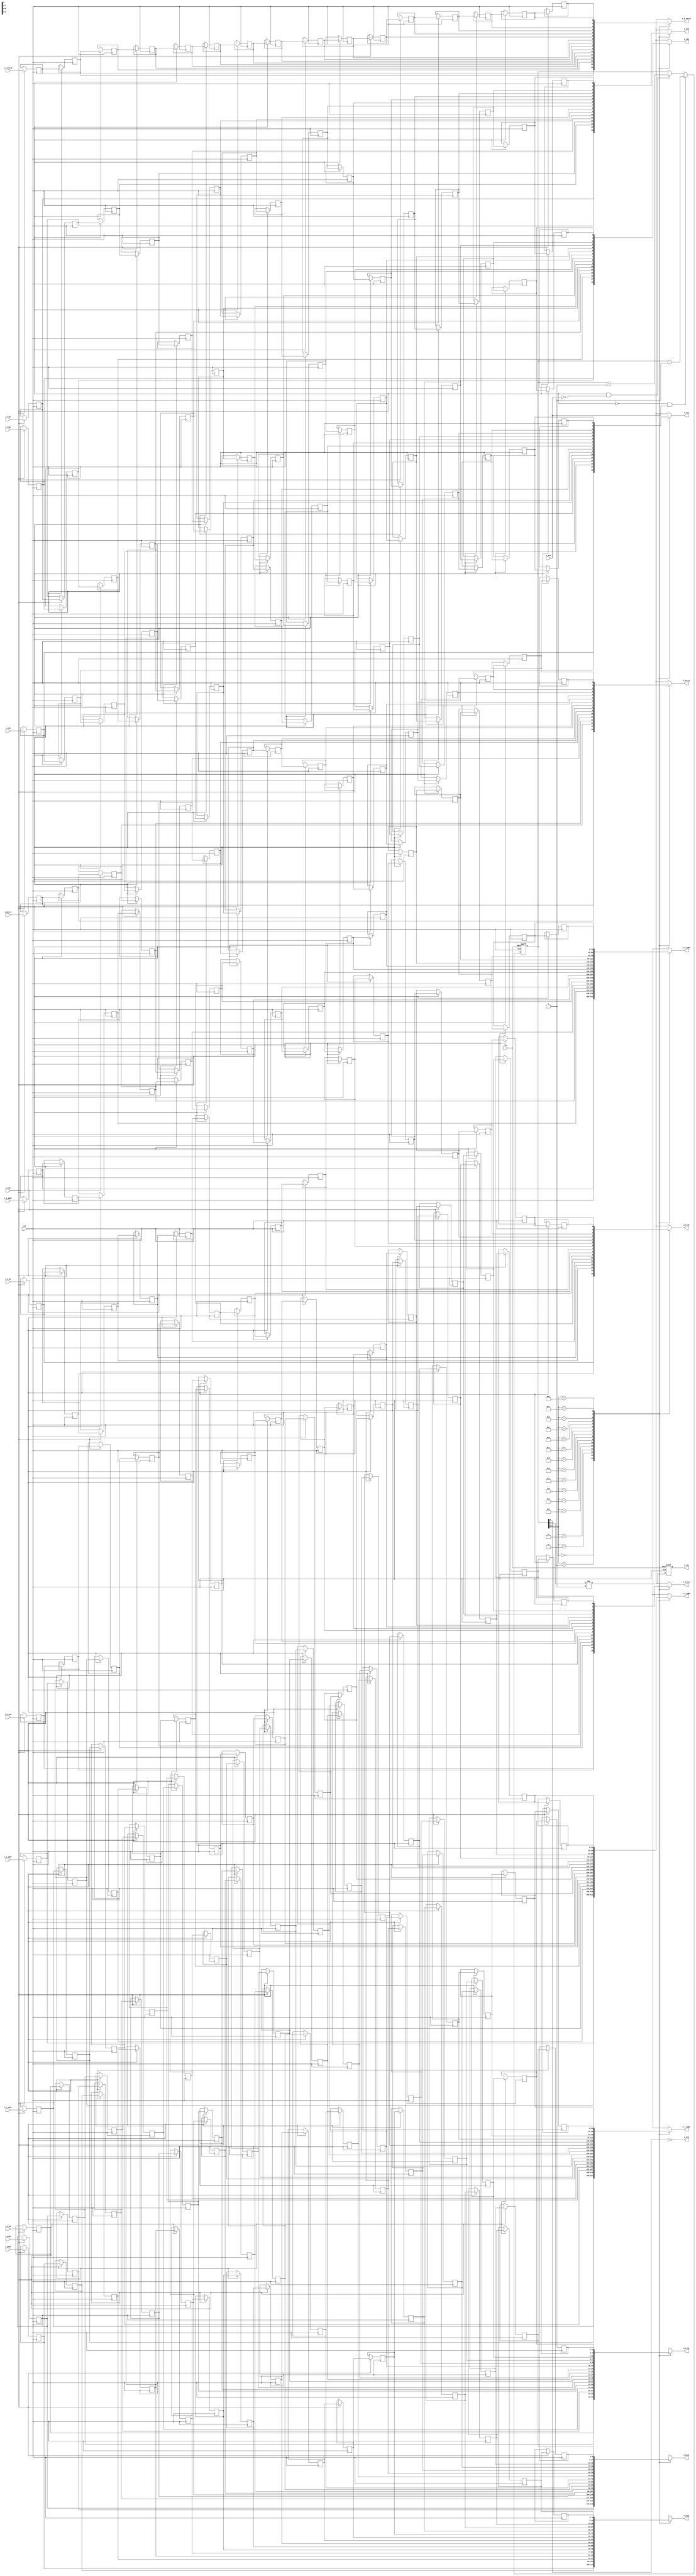
//=============================================================================================
//    Main contributors
//      - Adam Luczak         <mailto:adam.luczak@outlook.com>
//=============================================================================================
`default_nettype none
//---------------------------------------------------------------------------------------------
`timescale 1ns / 1ns      
//=============================================================================================
module eco32_core_lsu_dcm_iff
(
input  wire             clk,
input  wire             rst,   

input  wire             i_stb,
input  wire             i_tid,       
input  wire             i_wid,     
input  wire             i_tag,     
input  wire             i_dirty,
input  wire     [6:0]   i_page,
input  wire     [8:0]   i_mode,
input  wire             i_k_ena,
input  wire             i_k_force,
input  wire     [1:0]   i_k_op,
input  wire             i_k_sh,
input  wire    [31:0]   i_r_addr,    
input  wire    [31:0]   i_p_addr,    
input  wire    [31:0]   i_k_addr,    
output wire             i_rdy,
                                                                          
output wire             o_stb,
output wire             o_tid,       
output wire             o_wid,     
output wire             o_tag,
output wire             o_dirty,
output wire     [6:0]   o_page,
output wire     [8:0]   o_mode,
output wire             o_k_ena,
output wire             o_k_force,
output wire     [1:0]   o_k_op,       
output wire             o_k_sh,
output wire    [31:0]   o_r_addr,    
output wire    [31:0]   o_p_addr,    
output wire    [31:0]   o_k_addr,    
input  wire             o_ack
);      
//=============================================================================================
// parameters
//=============================================================================================
//=============================================================================================
// variables
//=============================================================================================
reg             ff_tid      [0:15];
reg             ff_wid      [0:15];
reg             ff_tag      [0:15];
reg             ff_dirty    [0:15];
reg      [6:0]  ff_page     [0:15];
reg      [8:0]  ff_mode     [0:15];
reg             ff_k_ena    [0:15];
reg             ff_k_force  [0:15];
reg      [1:0]  ff_k_op     [0:15];
reg             ff_k_sh     [0:15];
reg     [31:0]  ff_r_addr   [0:15];
reg     [31:0]  ff_p_addr   [0:15];
reg     [31:0]  ff_k_addr   [0:15];
reg      [4:0]  ff_sel;
reg             ff_rdy;
//=============================================================================================
// fifo
//=============================================================================================
generate
genvar i;
    for(i=0;i<16;i=i+1) 
     begin : shift_register
        if(i==0)
            begin : stage0
                always@(posedge clk) if(i_stb) ff_tid   [i]     <=        i_tid;
                always@(posedge clk) if(i_stb) ff_wid   [i]     <=        i_wid;
                always@(posedge clk) if(i_stb) ff_tag   [i]     <=        i_tag;
                always@(posedge clk) if(i_stb) ff_dirty [i]     <=        i_dirty;
                always@(posedge clk) if(i_stb) ff_page  [i]     <=        i_page;
                always@(posedge clk) if(i_stb) ff_mode  [i]     <=        i_mode;
                always@(posedge clk) if(i_stb) ff_k_ena [i]     <=        i_k_ena;
                always@(posedge clk) if(i_stb) ff_k_force[i]    <=        i_k_force;
                always@(posedge clk) if(i_stb) ff_k_op  [i]     <=        i_k_op;
                always@(posedge clk) if(i_stb) ff_k_sh  [i]     <=        i_k_sh;
                always@(posedge clk) if(i_stb) ff_r_addr[i]     <=        i_r_addr;
                always@(posedge clk) if(i_stb) ff_p_addr[i]     <=        i_p_addr;
                always@(posedge clk) if(i_stb) ff_k_addr[i]     <=        i_k_addr;
            end     
        else    
            begin : stageN
                always@(posedge clk) if(i_stb) ff_tid   [i]     <=        ff_tid [i-1];
                always@(posedge clk) if(i_stb) ff_wid   [i]     <=        ff_wid [i-1];
                always@(posedge clk) if(i_stb) ff_tag   [i]     <=        ff_tag [i-1];
                always@(posedge clk) if(i_stb) ff_dirty [i]     <=        ff_dirty [i-1];
                always@(posedge clk) if(i_stb) ff_page  [i]     <=        ff_page[i-1];
                always@(posedge clk) if(i_stb) ff_mode  [i]     <=        ff_mode[i-1];
                always@(posedge clk) if(i_stb) ff_k_ena [i]     <=        ff_k_ena [i-1];
                always@(posedge clk) if(i_stb) ff_k_force[i]    <=        ff_k_force [i-1];
                always@(posedge clk) if(i_stb) ff_k_op  [i]     <=        ff_k_op [i-1];
                always@(posedge clk) if(i_stb) ff_k_sh  [i]     <=        ff_k_sh [i-1];
                always@(posedge clk) if(i_stb) ff_r_addr[i]     <=        ff_r_addr[i-1];
                always@(posedge clk) if(i_stb) ff_p_addr[i]     <=        ff_p_addr[i-1];
                always@(posedge clk) if(i_stb) ff_k_addr[i]     <=        ff_k_addr[i-1];
            end     
     end
endgenerate
//---------------------------------------------------------------------------------------------
always@(posedge clk or posedge rst) 
 if(rst)                            ff_sel     <=                                          - 1;
 else if(~i_stb &&  o_ack)          ff_sel     <=                                   ff_sel - 1;
 else if( i_stb && ~o_ack)          ff_sel     <=                                   ff_sel + 1;
//---------------------------------------------------------------------------------------------
always@(posedge clk or posedge rst)                                           
 if(rst)                            ff_rdy     <=                                         1'b0;
 else                               ff_rdy     <=                           ff_sel[4:3]!=2'b01;
//=============================================================================================
assign  o_stb       =                                                           !ff_sel[4];
assign  o_tid       =                                                 ff_tid    [ff_sel[3:0]];
assign  o_wid       =                                                 ff_wid    [ff_sel[3:0]];
assign  o_tag       =                                                 ff_tag    [ff_sel[3:0]];
assign  o_page      =                                                 ff_page   [ff_sel[3:0]];
assign  o_mode      =                                                 ff_mode   [ff_sel[3:0]];
assign  o_dirty     =                                                 ff_dirty  [ff_sel[3:0]];
assign  o_k_ena     =                                                 ff_k_ena  [ff_sel[3:0]];
assign  o_k_force   =                                                 ff_k_force[ff_sel[3:0]];
assign  o_k_op      =                                                 ff_k_op   [ff_sel[3:0]];
assign  o_k_sh      =                                                 ff_k_sh   [ff_sel[3:0]];
assign  o_r_addr    =                                                 ff_r_addr [ff_sel[3:0]];
assign  o_p_addr    =                                                 ff_p_addr [ff_sel[3:0]];
assign  o_k_addr    =                                                 ff_k_addr [ff_sel[3:0]];
//---------------------------------------------------------------------------------------------
assign  i_rdy       =                                                                   ff_rdy;
//=============================================================================================
endmodule